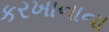
કરખાનાના